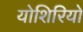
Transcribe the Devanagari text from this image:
योशिरियो